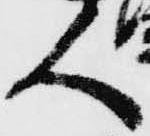
人